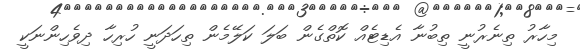
މިހާރު ތިނެރުނީ ތިބުނާ އެޑިޓެއް ކޮތްގެން ބަލަ ކަލޭމެން ތިހަދަނީ ހުރިހާ ދިވެހިންނަކީ